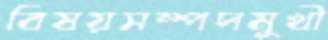
বিষয়সম্পদমুখী